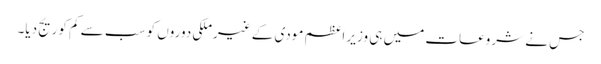
جس نے شروعات میں ہی وزیر اعظم مودی کے غیرملکی دوروں کو سب سے کم کوریج دیا۔